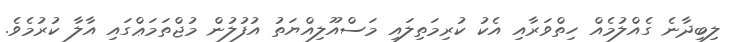
ލިބިދާނެ ގެއްލުމެއް ހިތްވަރާއި އެކު ކުރިމަތިލައި މަސްއޫލިއްޔަތު އުފުލުން މުޖްތަމަޢްގައި އާލާ ކުރުމެވެ.